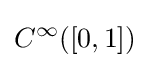
C^{\infty }([0,1])